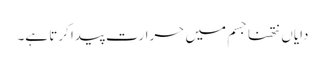
دایاں نتھنا جسم میں حرارت پیدا کرتا ہے۔